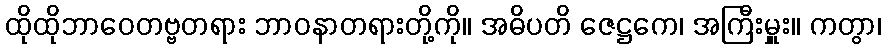
ထိုထိုဘာဝေတဗ္ဗတရား ဘာဝနာတရားတို့ကို။ အဓိပတိ ဇေဋ္ဌကေ၊ အကြီးမှူး။ ကတွာ၊